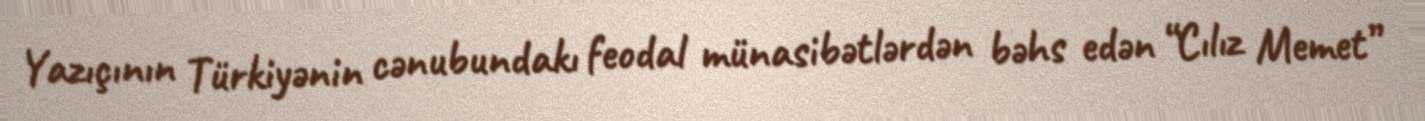
Yazıçının Türkiyənin cənubundakı feodal münasibətlərdən bəhs edən “Cılız Memet”